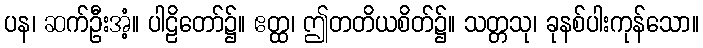
ပန၊ ဆက်ဦးအံ့။ ပါဠိတော်၌။ ဧတ္ထ၊ ဤတတိယစိတ်၌။ သတ္တသု၊ ခုနစ်ပါးကုန်သော။